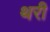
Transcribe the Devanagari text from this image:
थरी